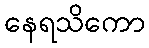
နေရသိကော